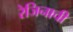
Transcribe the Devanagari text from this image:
रेजिनाची